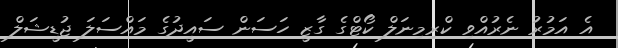
އެ އަމުރު ނެރުއްވި ކްރިމިނަލް ކޯޓްގެ ގާޒީ ހަސަން ސައީދުގެ މައްސަލަ ޖުޑީޝަލް